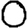
Digit: 0